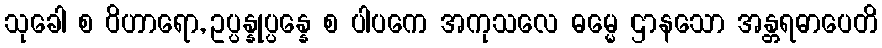
သုခေါ စ ဝိဟာရော, ဥပ္ပန္နုပ္ပန္နေ စ ပါပကေ အကုသလေ ဓမ္မေ ဌာနသော အန္တရဓာပေတိ